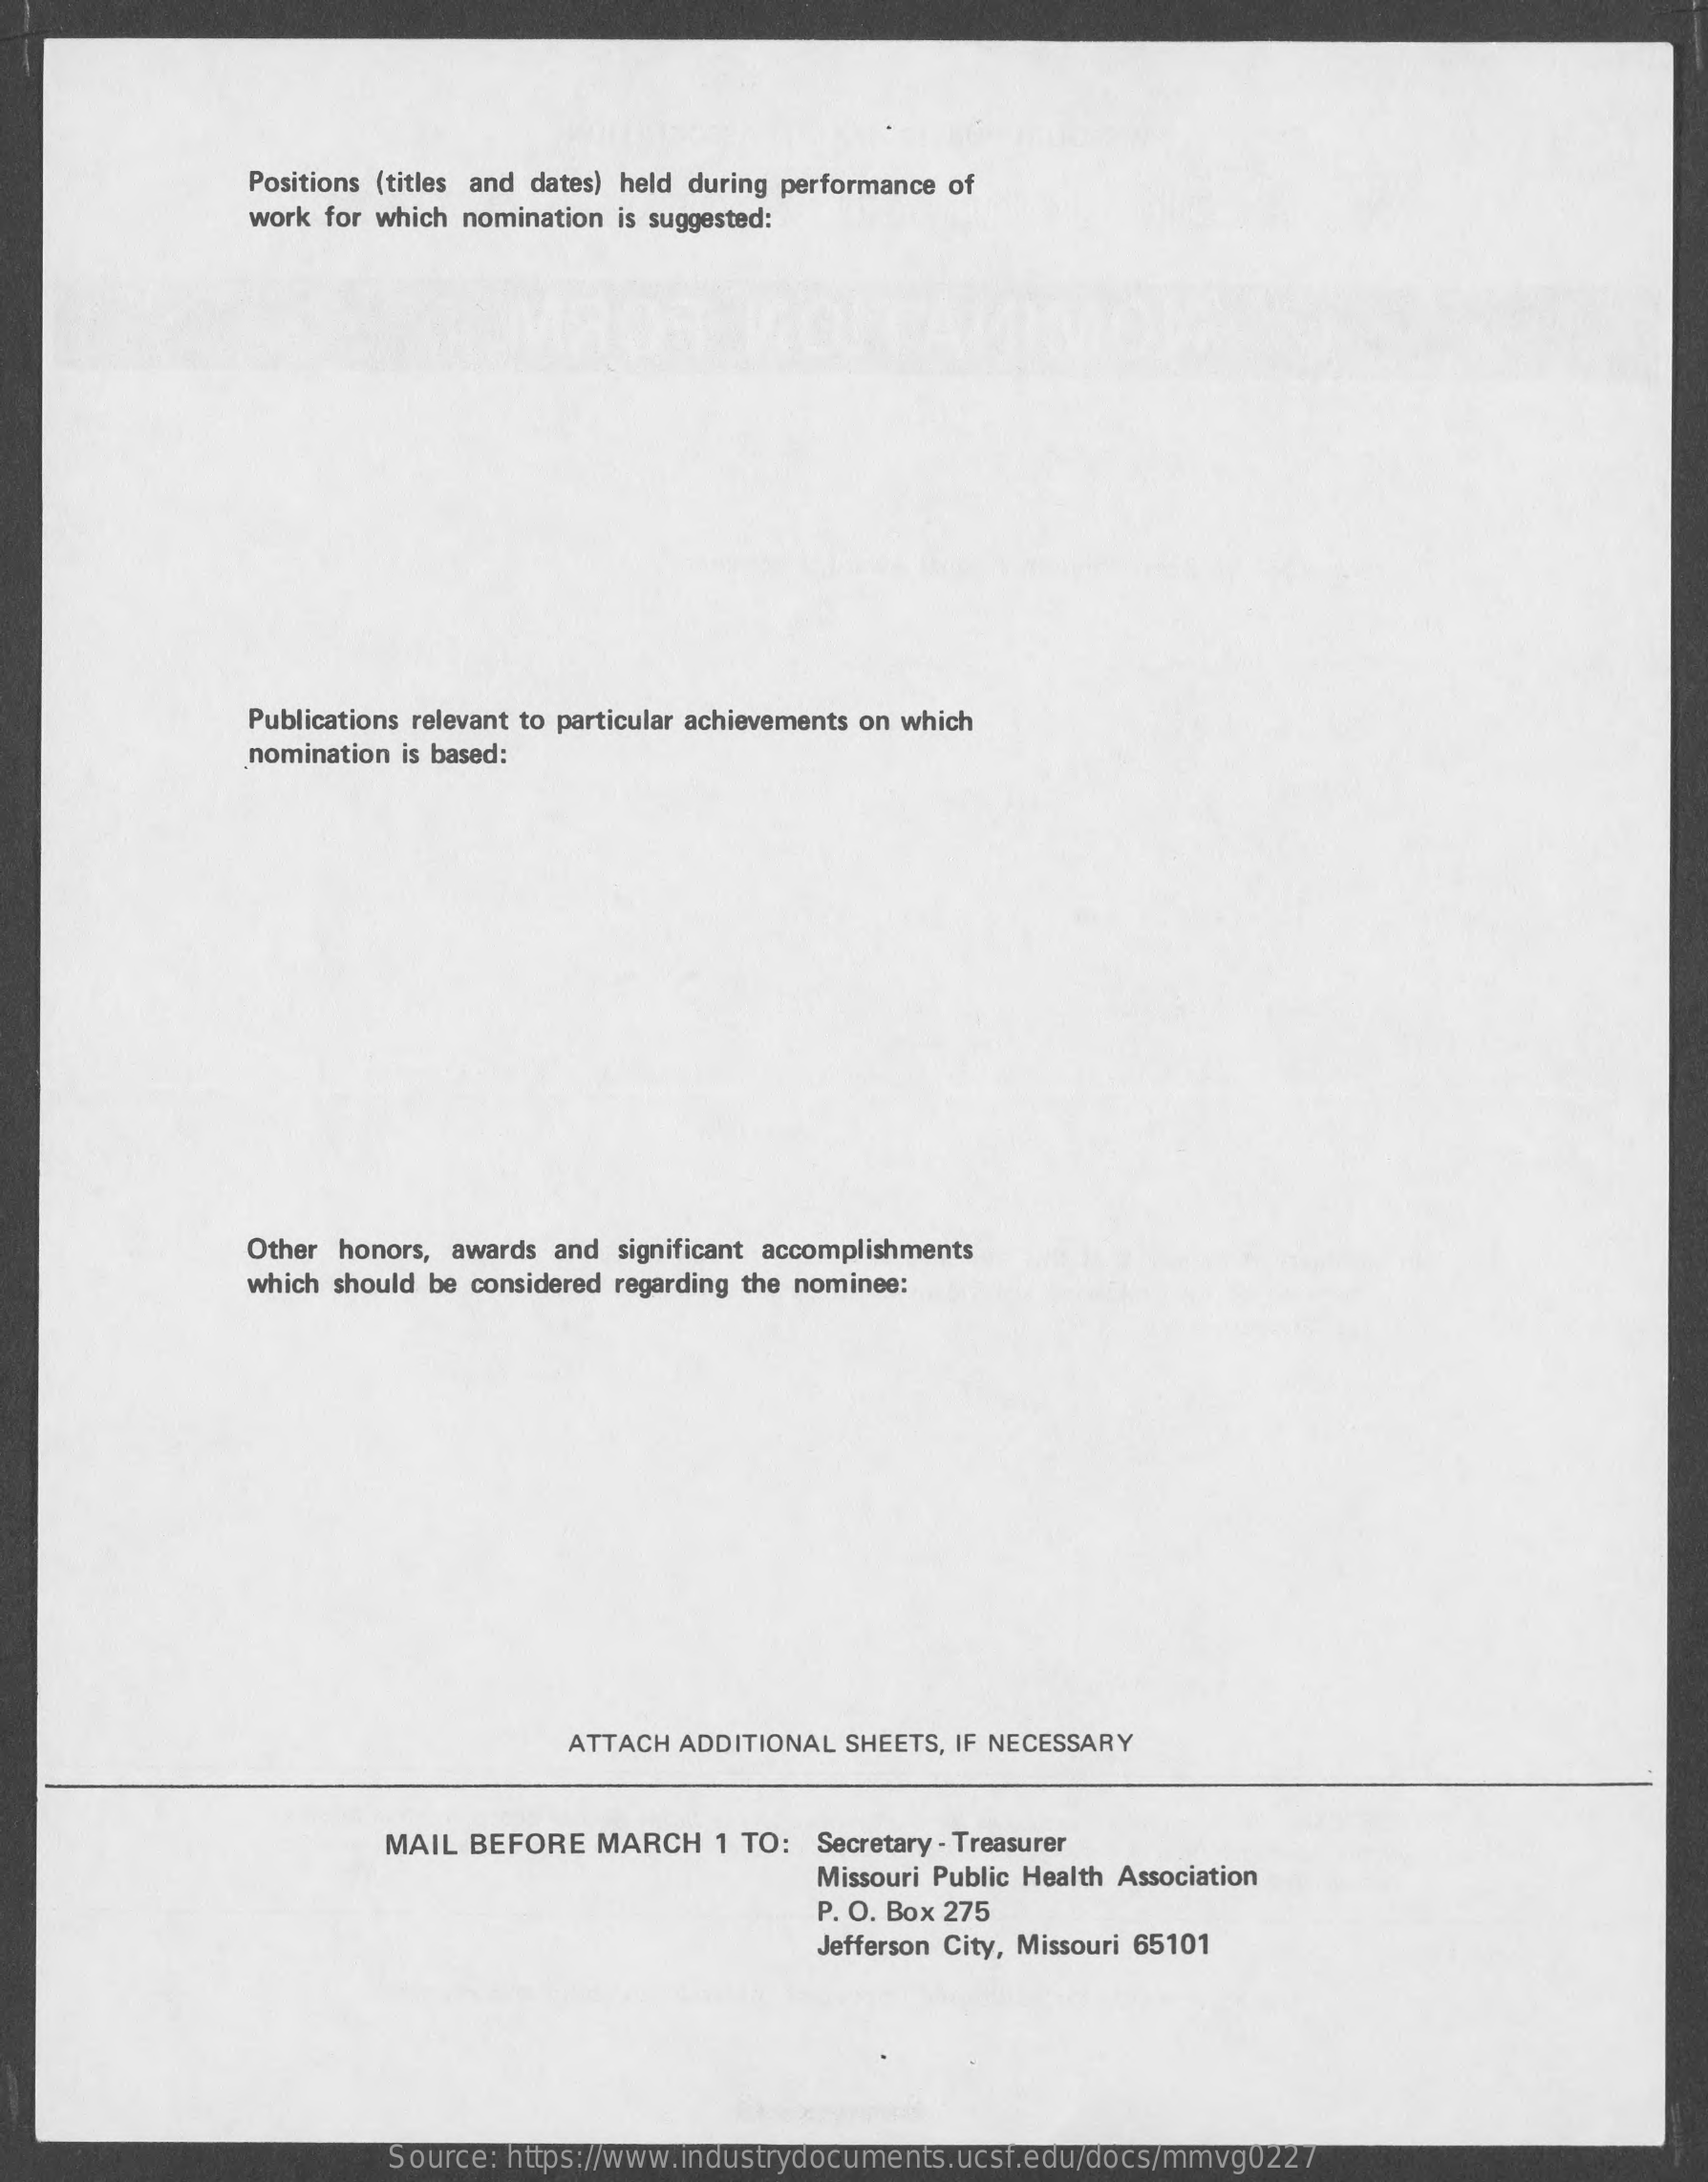
Positions (titles and dates) held during performance of
     work for which nomination is suggested:
     Publications relevant to particular achievements on which
     nomination is based:
     Other honors, awards and significant accomplishments
     which should be considered regarding the nominee:
     ATTACH ADDITIONAL SHEETS, IF NECESSARY
     MAIL BEFORE  MARCH   1 TO: Secretary - Treasurer
     Missouri Public Health Association
     P. O. Box 275
     Jefferson City, Missouri 65101
     Source: https://www.industrydocuments.ucsf.edu/docs/mmvg0227